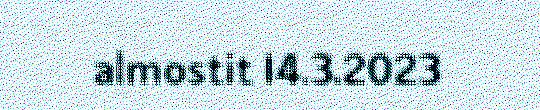
almostit 14.3.2023